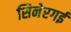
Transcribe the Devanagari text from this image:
सिनेरगई